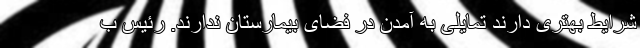
شرایط بهتری دارند تمایلی به آمدن در فضای بیمارستان ندارند. رئیس ب